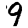
Digit: 9